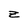
Character: z